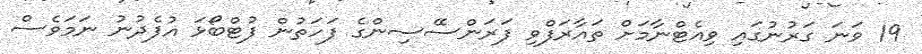
19 ވަނަ ގަރުނުގައި ވިއެޓްނާމަށް ތައާރަފްވި ފަރަންސޭސިންގެ ފަހަތުން ފުޓްބޯޅަ އުފެދުނު ނަމަވެސް